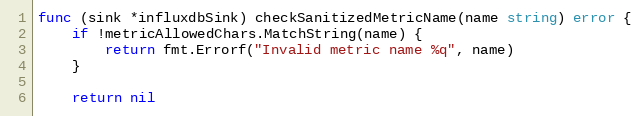
Language: Go
func (sink *influxdbSink) checkSanitizedMetricName(name string) error {
	if !metricAllowedChars.MatchString(name) {
		return fmt.Errorf("Invalid metric name %q", name)
	}

	return nil